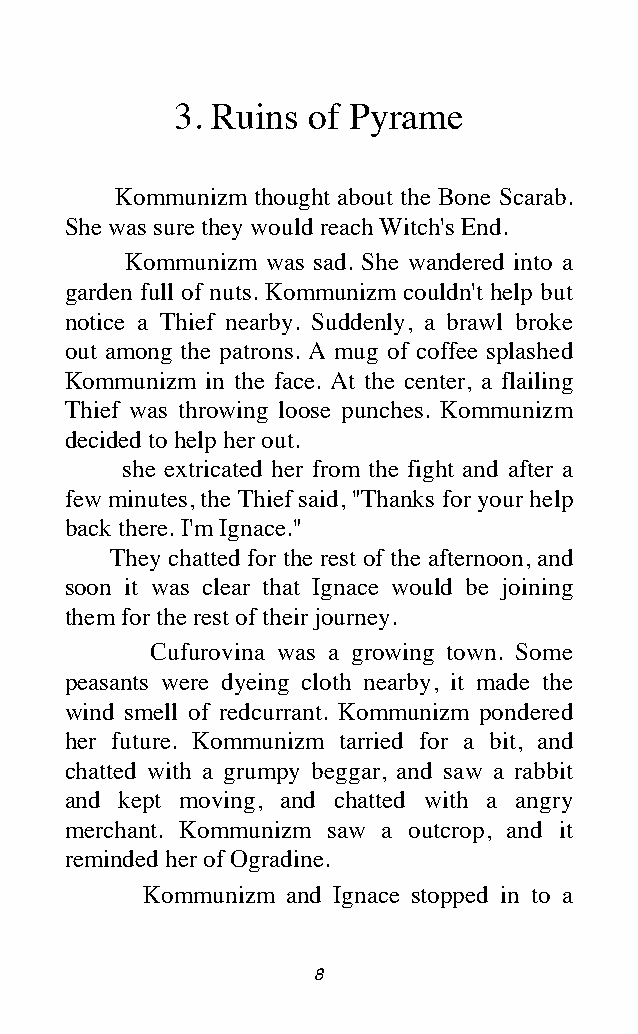
3. Ruins of Pyrame
 Kommunizm thought about the Bone Scarab.
 She was sure they would reach Witch's End.
 Kommunizm was sad. She wandered into a
 garden full of nuts. Kommunizm couldn't help but
 notice a Thief nearby. Suddenly, a brawl broke
 out among the patrons. A mug of coffee splashed
 Kommunizm in the face. At the center, a flailing
 Thief was throwing loose punches. Kommunizm
 decided to help her out.
 she extricated her from the fight and after a
 few minutes, the Thief said, "Thanks for your help
 back there. I'm Ignace."
 They chatted for the rest of the afternoon, and
 soon it was clear that Ignace would be joining
 them for the rest of their journey.
 Cufurovina was a growing town. Some
 peasants were dyeing cloth nearby, it made the
 wind smell of redcurrant. Kommunizm pondered
 her future. Kommunizm tarried for a bit, and
 chatted with a grumpy beggar, and saw a rabbit
 and kept moving, and chatted with a angry
 merchant. Kommunizm saw a outcrop, and it
 reminded her of Ogradine.
 Kommunizm and Ignace stopped in to a
 8